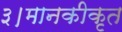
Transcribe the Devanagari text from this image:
३।मानकीकृत